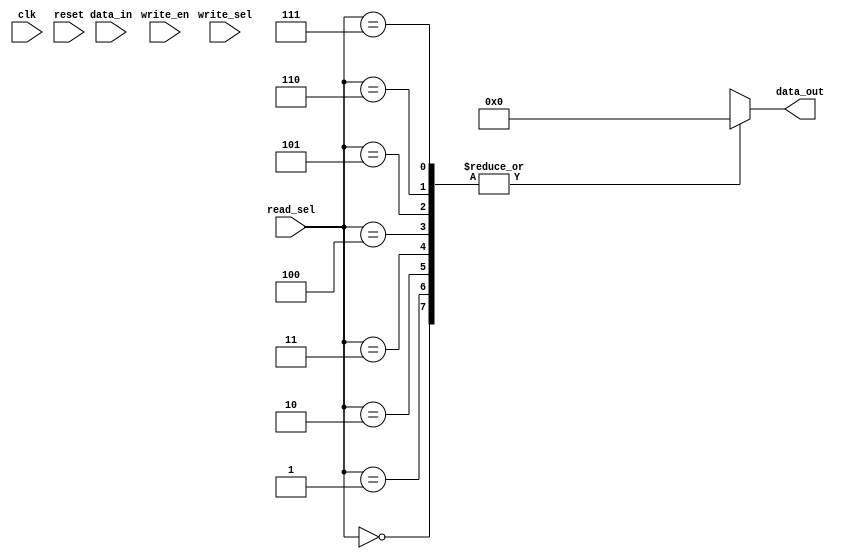
`timescale 1ns/1ps

module register_file(input clk, input reset, input [2:0] read_sel, input [2:0] write_sel, input write_en, input [7:0] data_in, output reg [7:0] data_out);

reg [7:0] rf [7:0];

integer i;
always @(reset)
begin
	for( i = 0; i < 8 ; i = i+1 )
	begin 
		rf[i] <= 0;
	end
end 

always @(posedge clk)
begin
  if(write_en)
	begin
		rf[write_sel] <= data_in;
	end
end

always  @(*)
begin
	data_out <= rf[read_sel];
end

endmodule